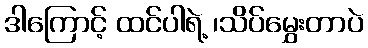
ဒါကြောင့် ထင်ပါရဲ့ ၊သိပ်မွှေးတာပဲ